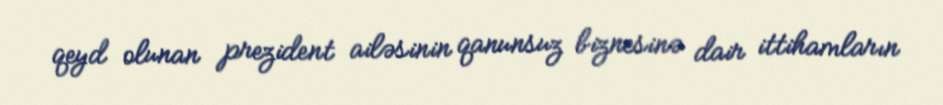
qeyd olunan prezident ailəsinin qanunsuz biznesinə dair ittihamların